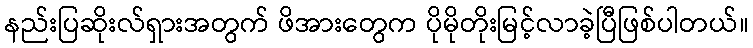
နည်းပြဆိုးလ်ရှားအတွက် ဖိအားတွေက ပိုမိုတိုးမြင့်လာခဲ့ပြီဖြစ်ပါတယ်။